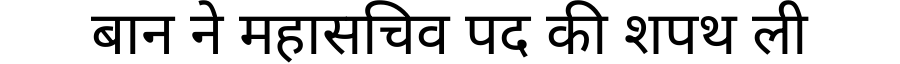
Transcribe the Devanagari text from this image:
बान ने महासचिव पद की शपथ ली